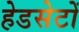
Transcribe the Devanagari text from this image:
हेडसेटों